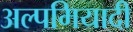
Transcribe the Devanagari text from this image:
अल्पमियादी